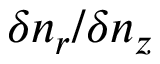
\delta n _ { r } / \delta n _ { z }